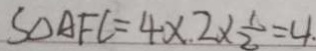
S _ { \Delta A F C } = 4 \times 2 \times \frac { 1 } { 2 } = 4